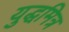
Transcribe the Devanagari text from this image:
युद्धमित्र